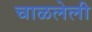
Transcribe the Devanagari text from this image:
चाळलेली